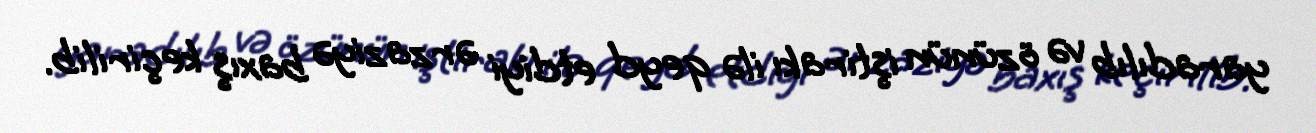
yaradılıb və özünün iştirakı ilə qeyd etdiyi ərzaziyə baxış keçirilib.